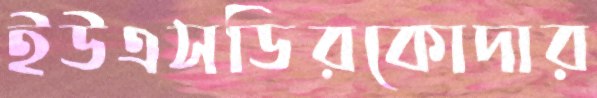
ইউএসডিরকোদার